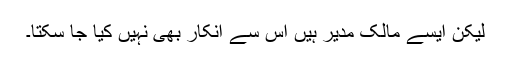
لیکن ایسے مالک مدیر ہیں اس سے انکار بھی نہیں کیا جا سکتا۔